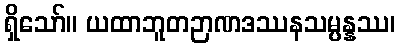
ရှိသော်။ ယထာဘူတဉာဏဒဿနသမ္ပန္နဿ၊